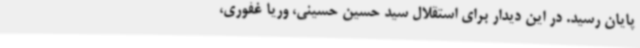
پایان رسید. در این دیدار برای استقلال سید حسین حسینی، وریا غفوری،